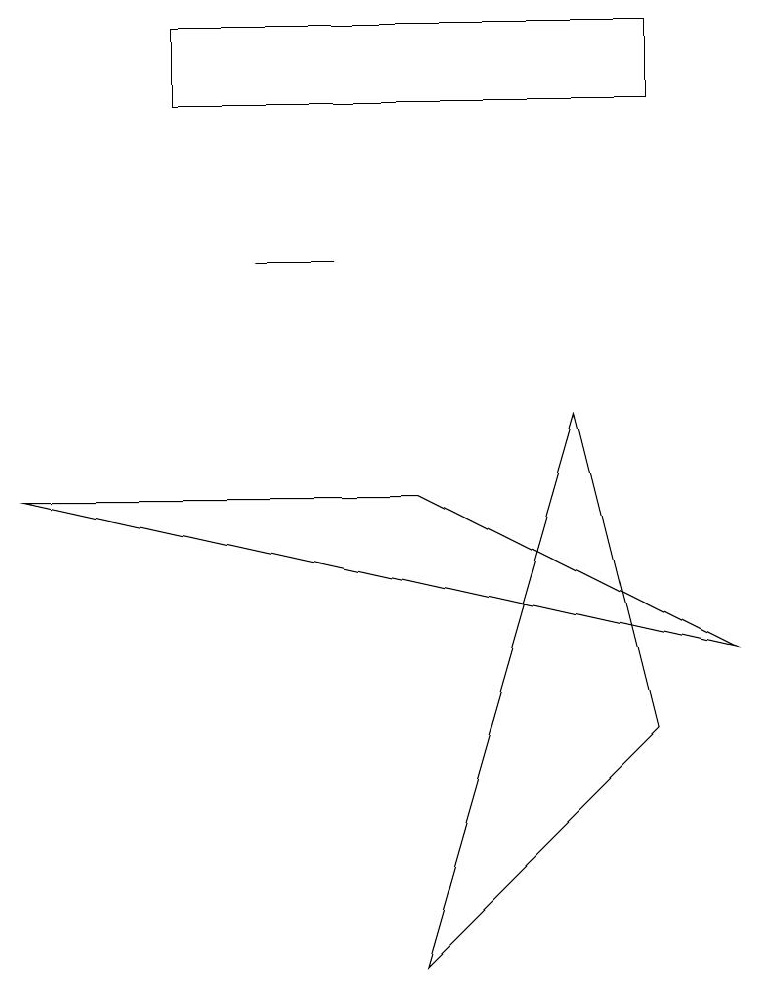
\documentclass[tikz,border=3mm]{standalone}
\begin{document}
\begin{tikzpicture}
\draw (9,5) -- (5,7) -- (0,7) -- cycle;
\draw (8,4) -- (5,1) -- (7,8) -- cycle;
\draw (4,10) rectangle (3,10);
\draw (8,12) rectangle (2,13);
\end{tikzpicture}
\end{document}